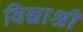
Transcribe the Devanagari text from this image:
विद्याश्री